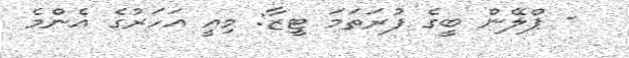
- ޕްލޭން ބީގެ ފުރަތަމަ ޓީޒާ: މިއީ އަހަރުގެ އެންމެ